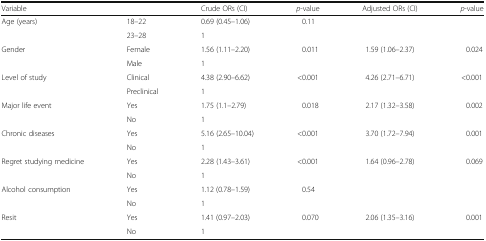
<table><thead><tr><td colspan="2"><b>Variable</b></td><td><b>Crude ORs (CI)</b></td><td><b><i>p</i>-value</b></td><td><b>Adjusted ORs (CI)</b></td><td><b><i>p</i>-value</b></td></tr></thead><tbody><tr><td rowspan="2">Age (years)</td><td>18–22</td><td>0.69 (0.45–1.06)</td><td>0.11</td><td></td><td></td></tr><tr><td>23–28</td><td>1</td><td></td><td></td><td></td></tr><tr><td rowspan="2">Gender</td><td>Female</td><td>1.56 (1.11–2.20)</td><td>0.011</td><td>1.59 (1.06–2.37)</td><td>0.024</td></tr><tr><td>Male</td><td>1</td><td></td><td></td><td></td></tr><tr><td rowspan="2">Level of study</td><td>Clinical</td><td>4.38 (2.90–6.62)</td><td>&lt;0.001</td><td>4.26 (2.71–6.71)</td><td>&lt;0.001</td></tr><tr><td>Preclinical</td><td>1</td><td></td><td></td><td></td></tr><tr><td rowspan="2">Major life event</td><td>Yes</td><td>1.75 (1.1–2.79)</td><td>0.018</td><td>2.17 (1.32–3.58)</td><td>0.002</td></tr><tr><td>No</td><td>1</td><td></td><td></td><td></td></tr><tr><td rowspan="2">Chronic diseases</td><td>Yes</td><td>5.16 (2.65–10.04)</td><td>&lt;0.001</td><td>3.70 (1.72–7.94)</td><td>0.001</td></tr><tr><td>No</td><td>1</td><td></td><td></td><td></td></tr><tr><td rowspan="2">Regret studying medicine</td><td>Yes</td><td>2.28 (1.43–3.61)</td><td>&lt;0.001</td><td>1.64 (0.96–2.78)</td><td>0.069</td></tr><tr><td>No</td><td>1</td><td></td><td></td><td></td></tr><tr><td rowspan="2">Alcohol consumption</td><td>Yes</td><td>1.12 (0.78–1.59)</td><td>0.54</td><td></td><td></td></tr><tr><td>No</td><td>1</td><td></td><td></td><td></td></tr><tr><td rowspan="2">Resit</td><td>Yes</td><td>1.41 (0.97–2.03)</td><td>0.070</td><td>2.06 (1.35–3.16)</td><td>0.001</td></tr><tr><td>No</td><td>1</td><td></td><td></td><td></td></tr></tbody></table>